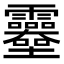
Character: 𩇎